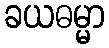
ခယဓမ္မာ